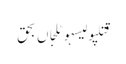
قتلپولیسہوٹلجاں بحق